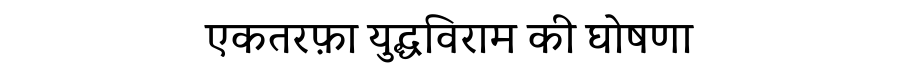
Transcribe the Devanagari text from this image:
एकतरफ़ा युद्धविराम की घोषणा